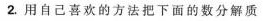
2.用自己喜欢的方法把下面的数分解质